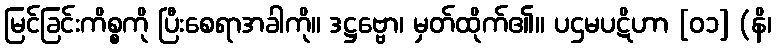
မြင်ခြင်းကိစ္စကို ပြီးစေရာအခါကို။ ဒဋ္ဌဗ္ဗော၊ မှတ်ထိုက်၏။ ပဌမပဋိဟာ [၀၁] (နိ၊